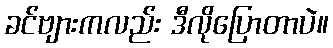
ခင်ဗျားကလည်း ဒီလိုပြောတာပဲ။